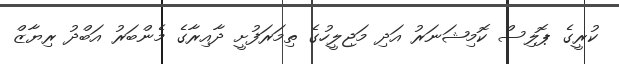
ކުރީގެ ޕޮލިސް ކޮމިޝަނަރު އަދި މަޖިލީހުގެ ތިމަރަފުށީ ދާއިރާގެ މެންބަރު އަބްދު ރިޔާޒް